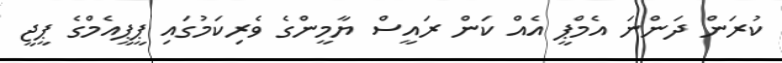
ކުރަން ދަންނަ އެމްޕީ އެއް ކަން ރައީސް ޔާމީންގެ ވެރިކަމުގައި ޕީޕީއެމްގެ ޕީޖީ